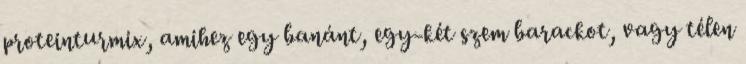
proteinturmix, amihez egy banánt, egy-két szem barackot, vagy télen